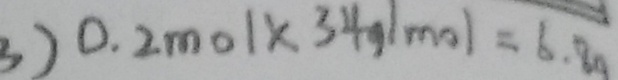
3 ) 0 . 2 m o 1 \times 3 4 g / m o l = 6 . 8 g